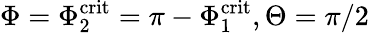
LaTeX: \Phi=\Phi_{2}^{\mathrm{crit}}=\pi-\Phi_{1}^{\mathrm{crit}},\Theta=\pi/2